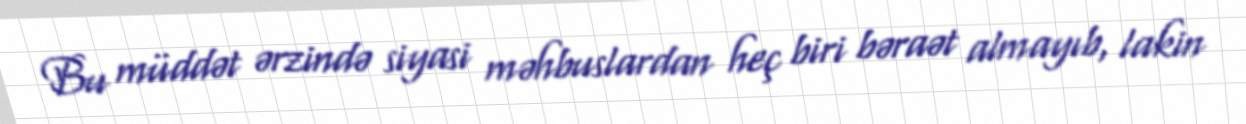
Bu müddət ərzində siyasi məhbuslardan heç biri bəraət almayıb, lakin